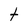
Character: t